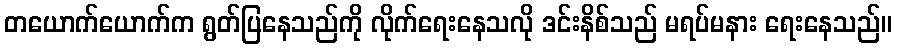
တယောက်ယောက်က ရွတ်ပြနေသည်ကို လိုက်ရေးနေသလို ဒင်းနိစ်သည် မရပ်မနား ရေးနေသည်။